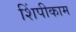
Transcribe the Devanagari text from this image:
शिंपीकाम